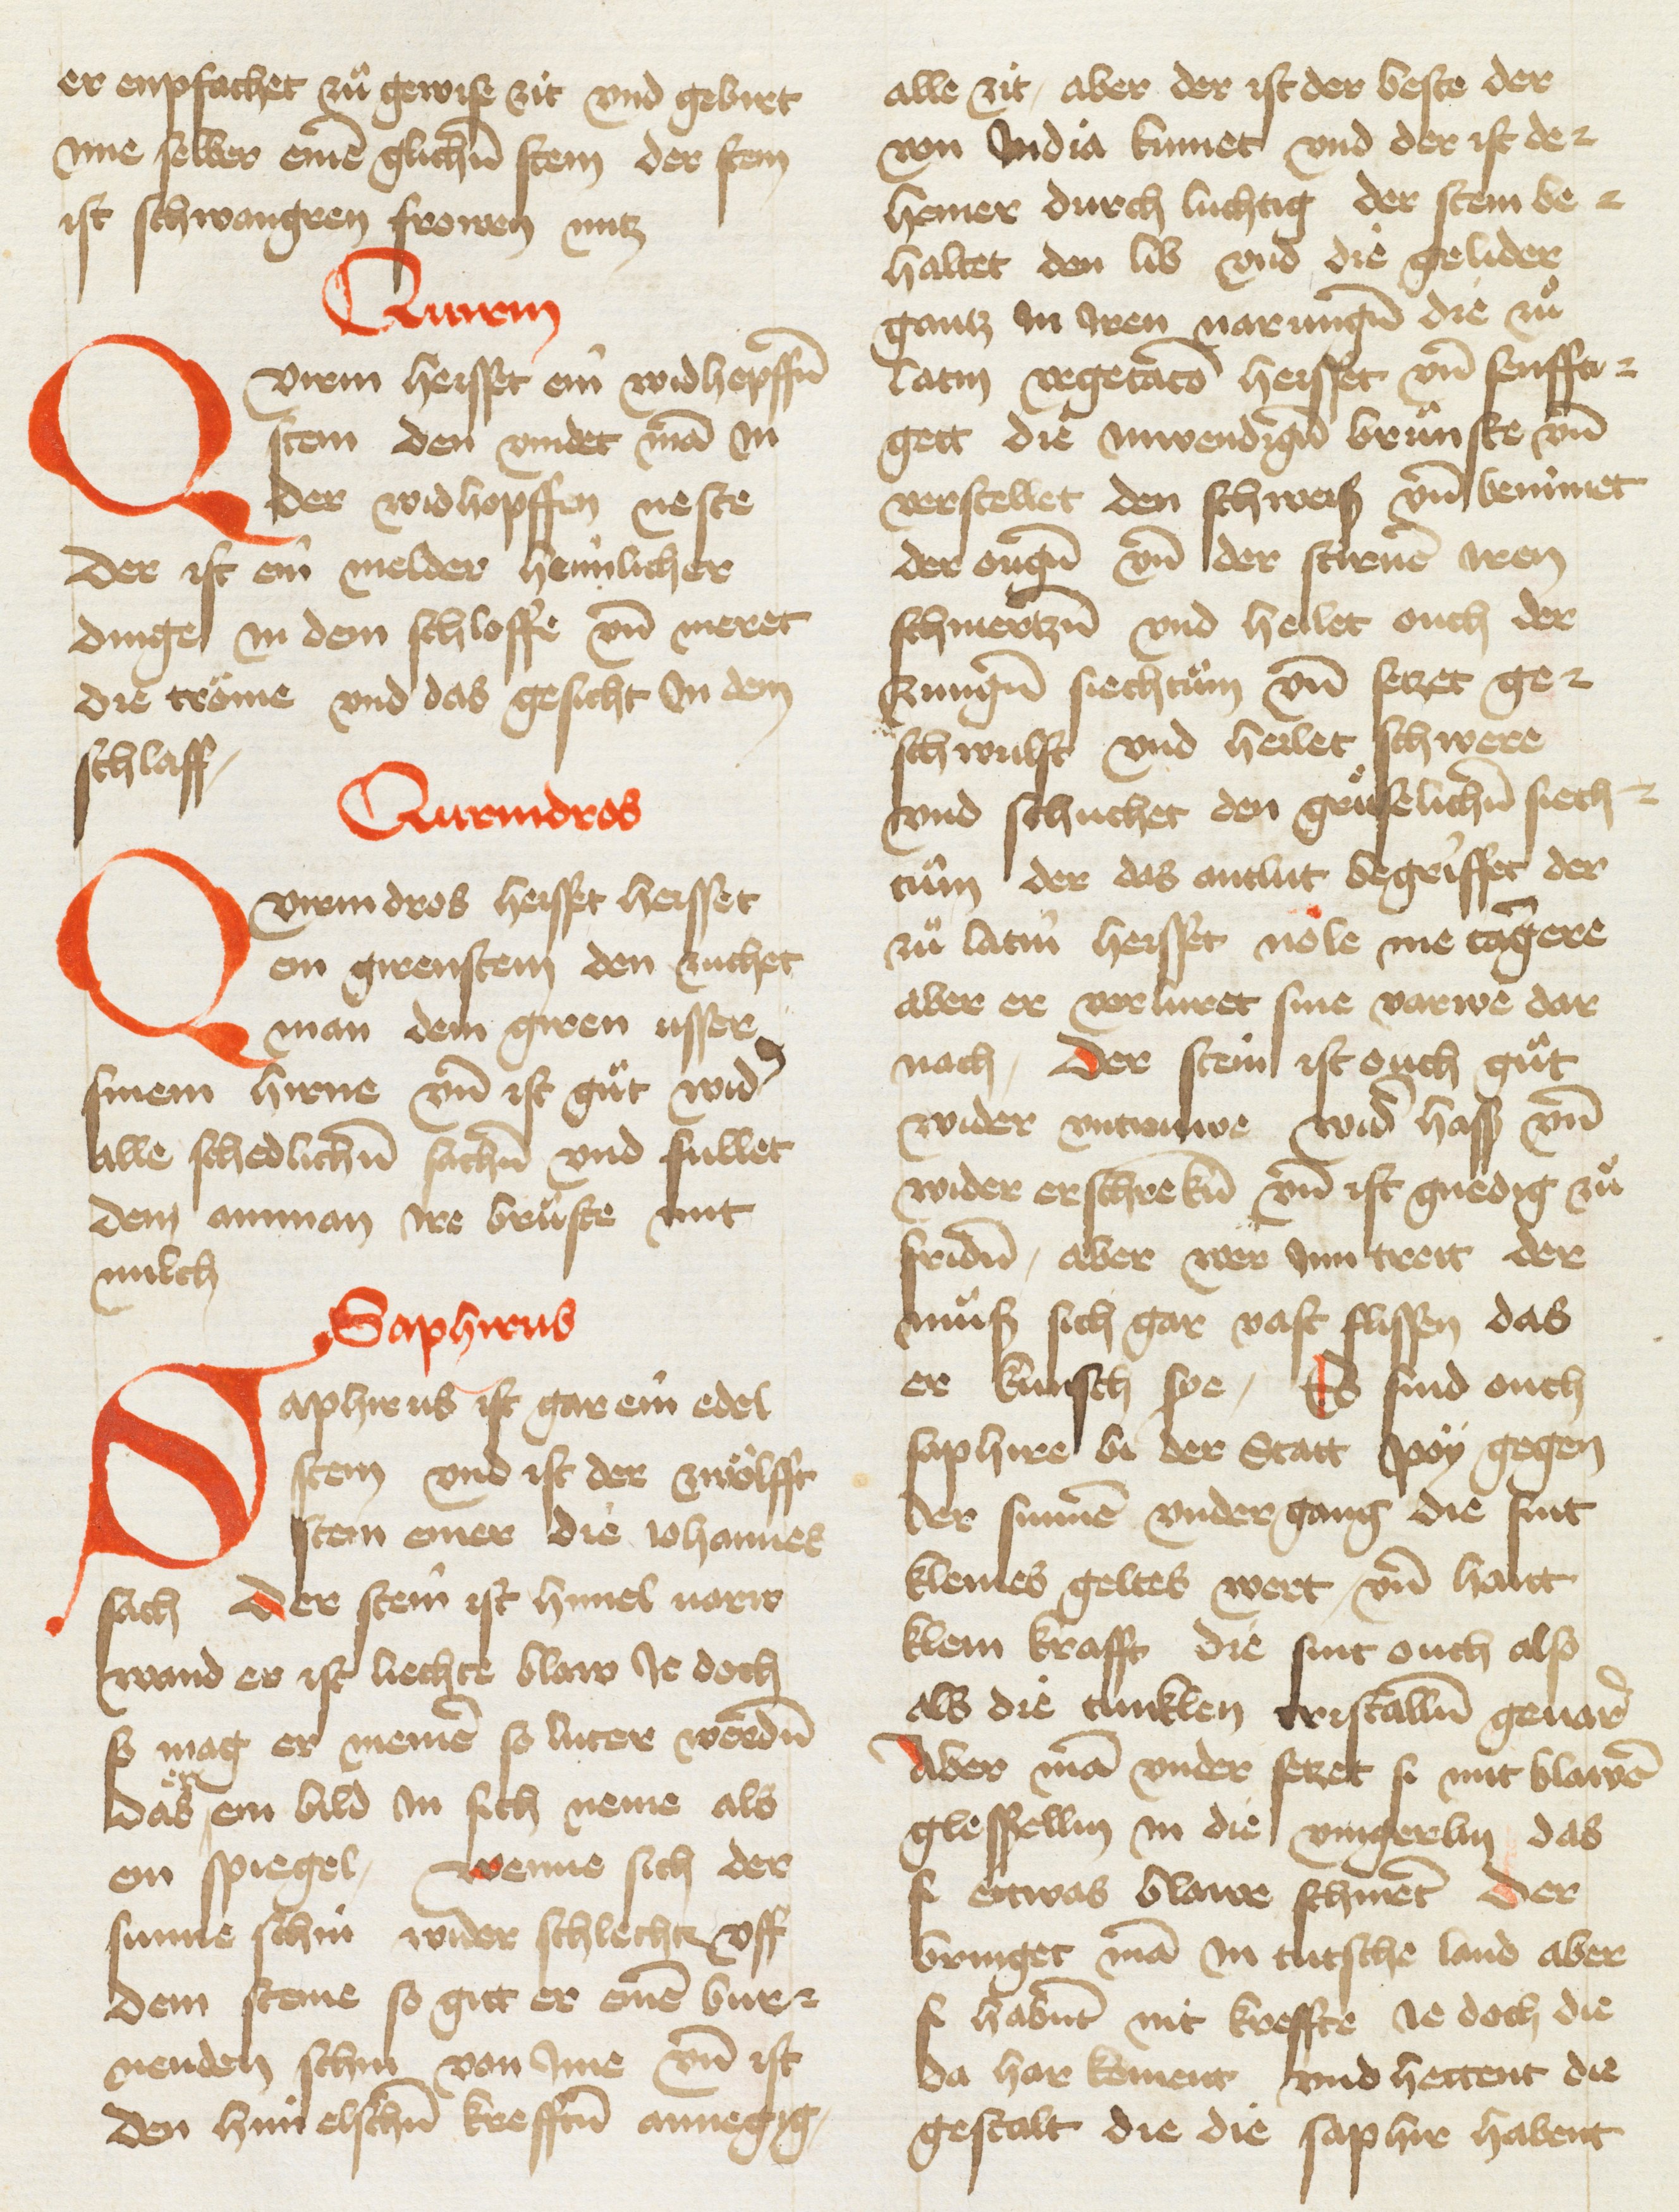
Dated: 1433–1465